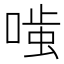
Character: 𭉤